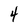
Character: 4